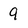
Character: 9